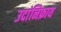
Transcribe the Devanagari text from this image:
उदांनिफ्राय